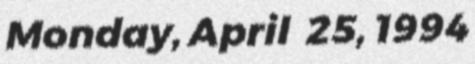
Monday, April 25, 1994